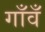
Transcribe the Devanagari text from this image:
गाँवँ